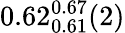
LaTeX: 0.62_{0.61}^{0.67}(2)